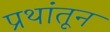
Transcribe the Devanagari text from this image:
प्रथांतून